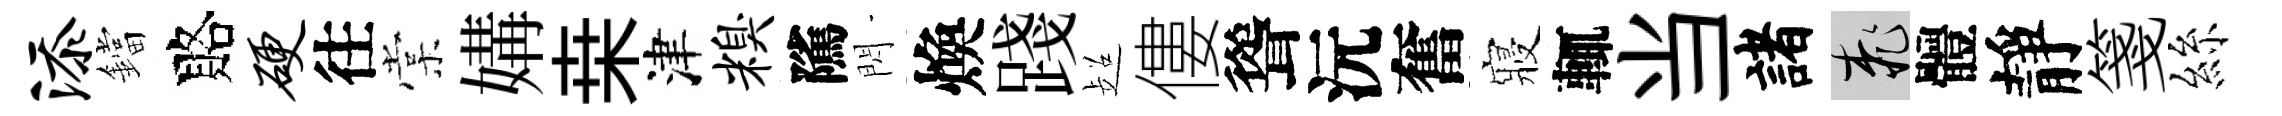
添鐺賂硬往棠媾桒津糗隲閃煥踐超僂聳沅奮寢輒当諸桃體靜箋絲